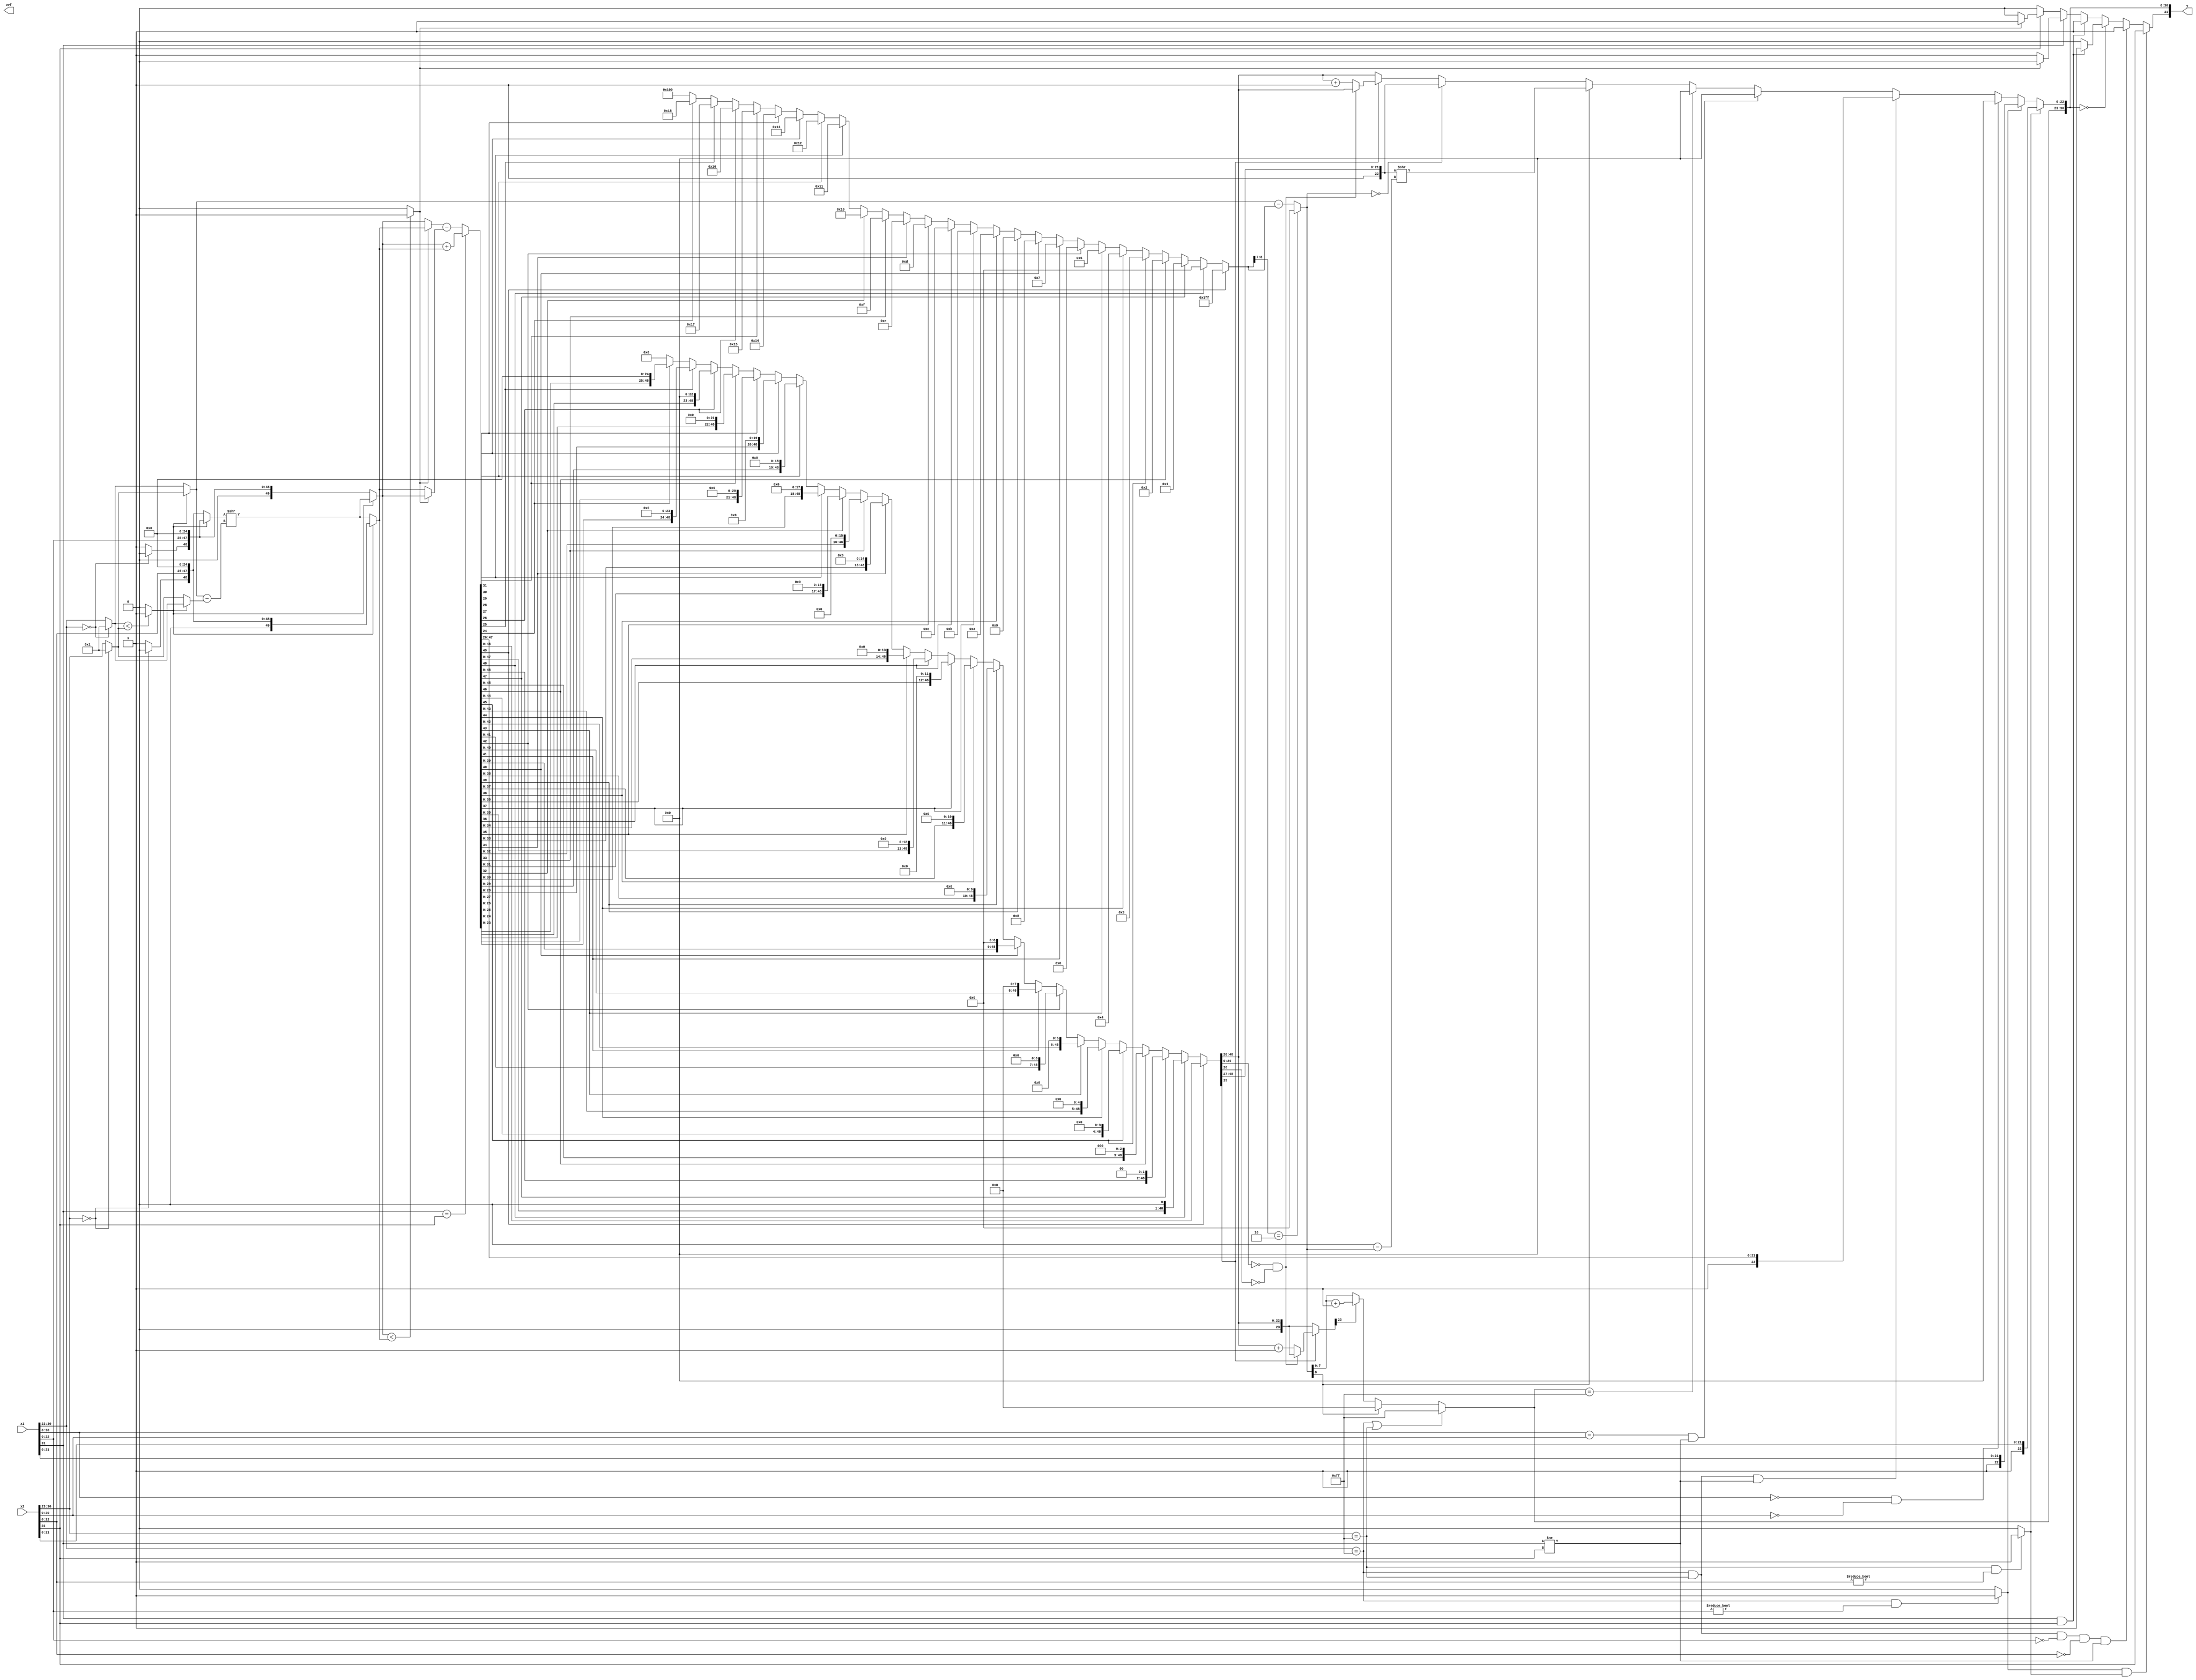
`default_nettype none

module fadd
	( input wire  [31:0] x1,
	  input wire  [31:0] x2,
	  output wire [31:0] y,
  	  output wire ovf);
  wire [0:0]  x1s;
  wire [0:0]  x2s;
  wire [7:0]  x1e;
  wire [7:0]  x2e;
  wire [22:0] x1m;
  wire [22:0] x2m;

  assign x1s = x1[31:31];
  assign x2s = x2[31:31];
  assign x1e = x1[30:23];
  assign x2e = x2[30:23];
  assign x1m = x1[22:0];
  assign x2m = x2[22:0];

  wire [8:0] b256 = 8'b11111111;
  wire x1nan = x1e == b256 && x1m != 23'b0 ? 1'b1 : 1'b0;
  wire x2nan = x2e == b256 && x2m != 23'b0 ? 1'b1 : 1'b0;

  wire [7:0] w1e = x1e == 8'b0 ? 8'b1 : x1e;
  wire [7:0] w2e = x2e == 8'b0 ? 8'b1 : x2e;
  wire flag = w1e < w2e ? 1'b1 : 1'b0;
  wire [7:0] elarge = flag ? w2e : w1e;
  wire [7:0] esmall = flag ? w1e : w2e;
  wire [7:0] shift = elarge - esmall;
  wire [49:0] x1w;
  wire [49:0] x2w;
  wire [1:0] x1top = x1e == 8'b0 ? 2'b0 : 2'b1;
  wire [1:0] x2top = x2e == 8'b0 ? 2'b0 : 2'b1;
  wire [49:0] shifter = flag ? {x1top, x1m, 25'b0} : {x2top, x2m, 25'b0};
  wire [49:0] shifted = shifter >> shift;
  assign x1w = flag ? shifted : {x1top, x1m, 25'b0};
  assign x2w = flag ? {x2top, x2m, 25'b0} : shifted;
  wire comp = x1w < x2w ? 1'b1 : 1'b0;
  wire [49:0] xlarge = comp ? x2w : x1w;
  wire [49:0] xsmall = comp ? x1w : x2w;
  wire [49:0] temp = 
	  x1s[0] == x2s[0] ? x1w + x2w : xlarge - xsmall;
  wire ws =
	  x1s[0] && x2s[0] ? 1'b1 :
	  x1s[0] ? (comp ? 1'b0 : 1'b1) :
	  x2s[0] ? (comp ? 1'b1 : 1'b0) :
	  1'b0;

  wire [48:0] temp1 =
	  temp[49] ? temp[48:0] 		 :
	  temp[48] ? {temp[47:0], 1'b0}  :
	  temp[47] ? {temp[46:0], 2'b0}  :
	  temp[46] ? {temp[45:0], 3'b0}  :
	  temp[45] ? {temp[44:0], 4'b0}  :
	  temp[44] ? {temp[43:0], 5'b0}  :
	  temp[43] ? {temp[42:0], 6'b0}  :
	  temp[42] ? {temp[41:0], 7'b0}  :
	  temp[41] ? {temp[40:0], 8'b0}  :
	  temp[40] ? {temp[39:0], 9'b0}  :
	  temp[39] ? {temp[38:0], 10'b0} :
	  temp[38] ? {temp[37:0], 11'b0} :
	  temp[37] ? {temp[36:0], 12'b0} :
	  temp[36] ? {temp[35:0], 13'b0} :
	  temp[35] ? {temp[34:0], 14'b0} :
	  temp[34] ? {temp[33:0], 15'b0} :
	  temp[33] ? {temp[32:0], 16'b0} :
	  temp[32] ? {temp[31:0], 17'b0} :
	  temp[31] ? {temp[30:0], 18'b0} :
	  temp[30] ? {temp[29:0], 19'b0} :
	  temp[29] ? {temp[28:0], 20'b0} :
	  temp[28] ? {temp[27:0], 21'b0} :
	  temp[27] ? {temp[26:0], 22'b0} :
	  temp[26] ? {temp[25:0], 23'b0} : 
	  temp[25] ? {temp[24:0], 24'b0} : 
	  temp[24] ? {temp[23:0], 25'b0} : 49'b0;
	  
  wire [8:0] keta = flag ? {1'b0, w2e} : {1'b0, w1e};

  wire [8:0] minus = 
	  temp[49] ? 9'b111111111 : 
	  temp[48] ? 9'b0 	  : 
	  temp[47] ? 9'b1     :
	  temp[46] ? 9'b10    :
	  temp[45] ? 9'b11    :
	  temp[44] ? 9'b100   :
	  temp[43] ? 9'b101   :
	  temp[42] ? 9'b110   :
	  temp[41] ? 9'b111   :
	  temp[40] ? 9'b1000  :
	  temp[39] ? 9'b1001  :
	  temp[38] ? 9'b1010  :
	  temp[37] ? 9'b1011  :
	  temp[36] ? 9'b1100  :
	  temp[35] ? 9'b1101  :
	  temp[34] ? 9'b1110  :
	  temp[33] ? 9'b1111  :
	  temp[32] ? 9'b10000 :
	  temp[31] ? 9'b10001 :
	  temp[30] ? 9'b10010 :
	  temp[29] ? 9'b10011 :
	  temp[28] ? 9'b10100 :
	  temp[27] ? 9'b10101 :
	  temp[26] ? 9'b10110 : 
	  temp[25] ? 9'b10111 : 
	  temp[24] ? 9'b11000 : 9'b100000000;
  wire [8:0] temp2 = minus[8:7] == 2'b10 ? 9'b0 : keta - minus;

  wire [22:0] temp1top = temp1[48:26];
  wire [23:0] tempagari = {1'b0, temp1top};
  wire [23:0] ketaagari = 
	  temp1[25] ? 
	  	(temp1[24:0] == 25'b0 && temp1[26] == 0 ? tempagari : tempagari + 24'b1)
	  	: tempagari;
  assign y[30:23] = 
	  x1e == b256 || x2e == b256 ? b256 :
	  temp2[8] ? 8'b0 :
	  ketaagari[23] ? temp2[7:0] + 8'b1 : temp2[7:0];
  assign y[22:0] =
	  x2nan ? {1'b1, x2m[21:0]} :
	  x1nan ? {1'b1, x1m[21:0]} :
	  x1[30:0] == 31'b0 && x2[30:0] == 31'b0 ? 23'b0 :
	  x1e == b256 && x2e == b256 && x1s != x2s ? {1'b1, temp[47:26]} :
	  x1[30:0] == x2[30:0] && x1[31] != x2[31] ? 23'b0 :
	  y[30:23] == b256 ? 23'b0 :
	  temp2[8] ? {1'b1, temp1[48:27]} >> (9'b0 - temp2) :
	  temp2 == 9'b0 ? {1'b1, temp1[48:27]} :
	  temp1[25] ? 
	  	(temp1[24:0] == 25'b0 && temp1[26] == 0 ? temp1top : temp1top + 23'b1)
	  	: temp1top;
  assign y[31:31] = 
	  x1nan && x2nan ? x2s :
	  x1e == b256 && x2e == b256 && x1m == 23'b0 && x2m == 23'b0 && x1s != x2s ? 1'b1 :
	  y[30:0] == 31'b0 ? (x1[31] == 1'b1 && x2[31] == 1'b1 ? 1'b1 : 1'b0) : ws;

endmodule

`default_nettype wire